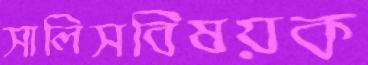
সালিসবিষয়ক